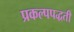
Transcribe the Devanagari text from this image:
प्रकल्पपद्धती